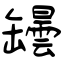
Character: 罎